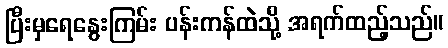
ပြီးမှရေနွေးကြမ်း ပန်းကန်ထဲသို့ အရက်ထည့်သည်။